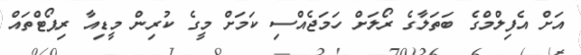
އަށް އެފިލްމްގެ ބަތަލާގެ ރޯލަށް ހަމަޖެއްސި ކަމަށް މީގެ ކުރިން މީޑިއާ ރިޕޯޓްތައް